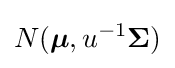
N({\boldsymbol {\mu }},u^{-1}{\boldsymbol {\Sigma }})